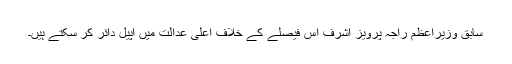
سابق وزیراعظم راجہ پرویز اشرف اس فیصلے کے خلاف اعلٰی عدالت میں اپیل دائر کر سکتے ہیں۔